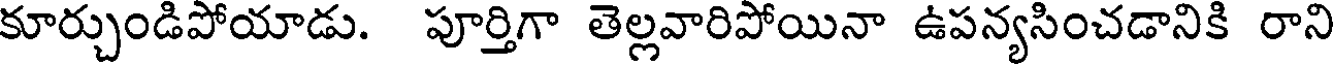
కూర్చుండిపోయాడు. పూర్తిగా తెల్లవారిపోయినా ఉపన్యసించడానికి రాని